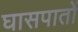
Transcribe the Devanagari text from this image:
घासपातों